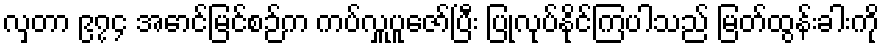
လှတာ ၉၇၄ အောင်မြင်စဉ်က ကပ်လှူပူဇော်ပြီး ပြုလုပ်နိုင်ကြပါသည် မြတ်ထွန်းခါးကို